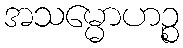
အသမ္မောဟဉ္စ